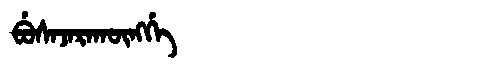
Manchu: ᠪᡠᠰᠠᠵᠠᡵᠠᡴᡡᠩᡤᡝ
Romanization: BUSAJARAKŪNGGE